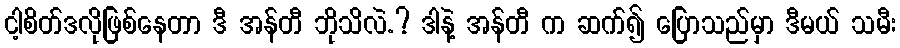
ငါ့စိတ်ဒလိုဖြစ်နေတာ ဒီ အန်တီ ဘိုသိလဲ.? ဒါနဲ့ အန်တီ က ဆက်၍ ပြောသည်မှာ ဒီမယ် သမီး